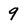
Character: 9